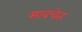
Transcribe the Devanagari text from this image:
सावचेत